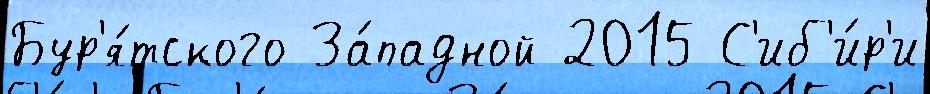
Бур'я́тского За́падной 2015 С'иб'и́р'и